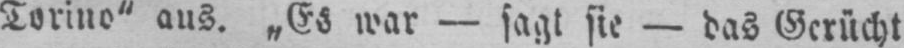
Torino“ aus. „Es war - sagt sie - das Gerücht